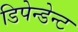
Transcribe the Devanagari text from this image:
डिपेन्डेन्ट